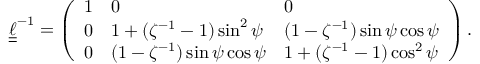
\boldsymbol { \underline { { \underline { { \ell } } } } } ^ { - 1 } = \left( \begin{array} { l l l } { 1 } & { 0 } & { 0 } \\ { 0 } & { 1 + ( \zeta ^ { - 1 } - 1 ) \sin ^ { 2 } \psi } & { ( 1 - \zeta ^ { - 1 } ) \sin \psi \cos \psi } \\ { 0 } & { ( 1 - \zeta ^ { - 1 } ) \sin \psi \cos \psi } & { 1 + ( \zeta ^ { - 1 } - 1 ) \cos ^ { 2 } \psi } \end{array} \right) .